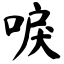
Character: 唳